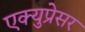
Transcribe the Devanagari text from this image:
एक्युप्रेसर